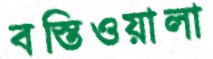
বস্তিওয়ালা